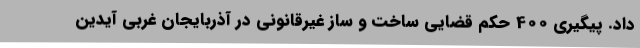
داد. پیگیری 400 حکم قضایی ساخت و ساز غیرقانونی در آذربایجان غربی آیدین